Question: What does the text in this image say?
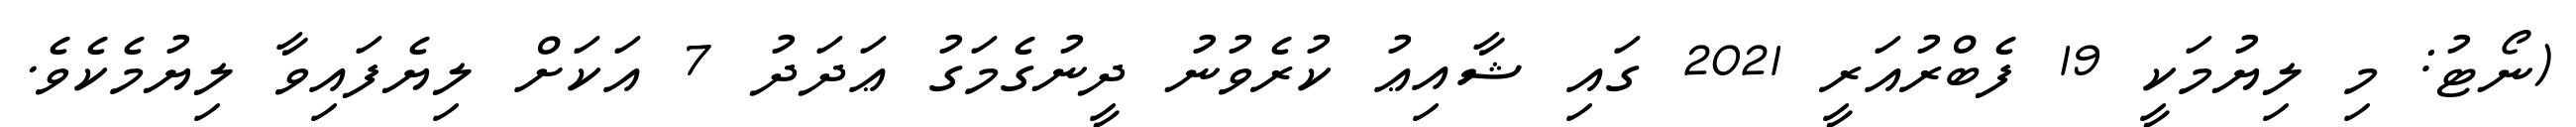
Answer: (ނޯޓު: މި ލިޔުމަކީ 19 ފެބްރުއަރީ 2021 ގައި ޝާއިޢު ކުރެވުނު ދީނުގެމަގު ޢަދަދު 7 އަކަށް ލިޔެފައިވާ ލިޔުމެކެވެ.